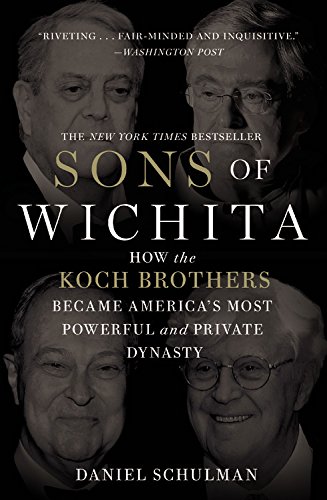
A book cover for Sons of Wichita: How the Koch Brothers Became America's Most Powerful and Private Dynasty; Daniel Schulman; Business & Money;